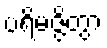
ပရိမဇ္ဇိတွာ